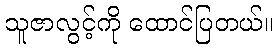
သူဇာလွင့်ကို ထောင်ပြတယ်။